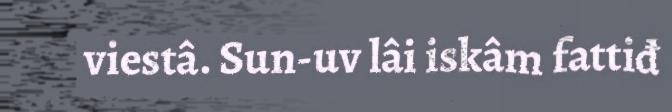
viestâ. Sun-uv lâi iskâm fattiđ